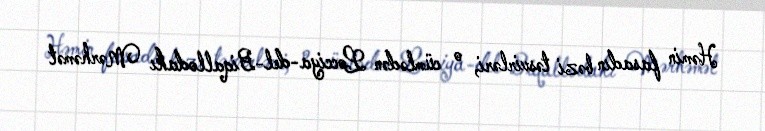
Həmin fasadın bəzi təsvirləri, o cümlədən Locciya-del-Biqallodakı Mərhəmət